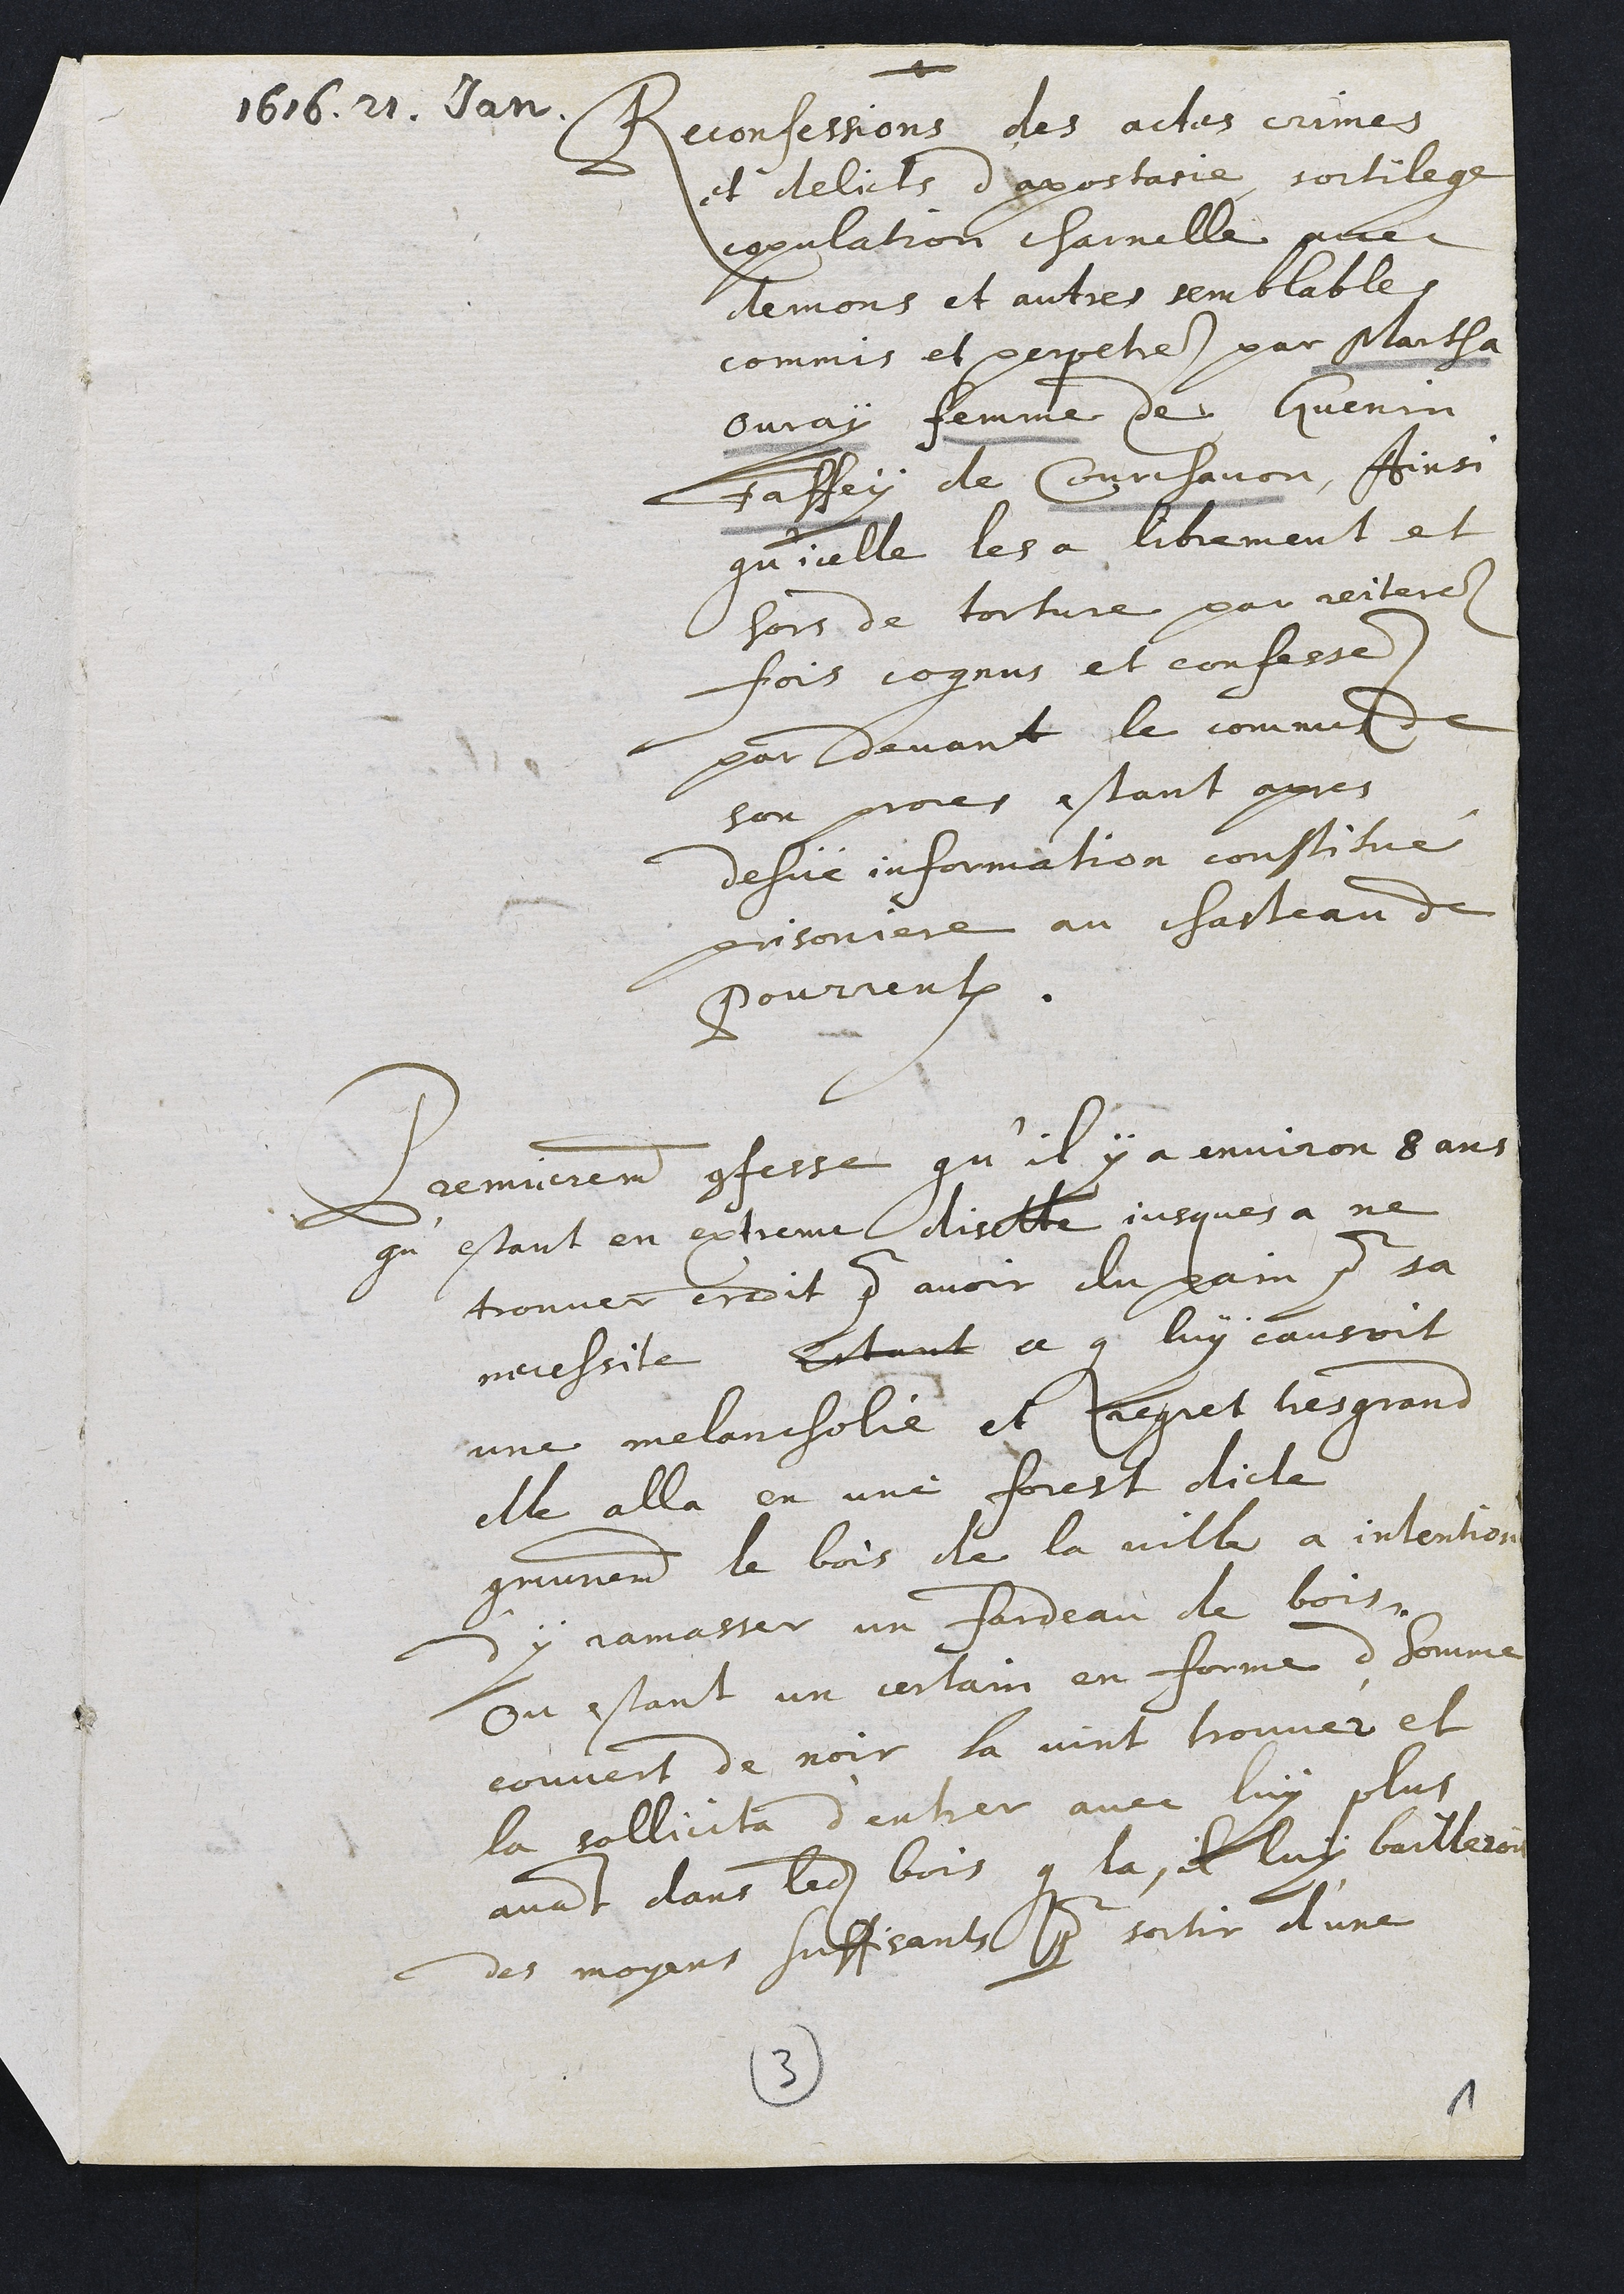
1616. 21. Jan
Reconfessions des actes crimes
et delicts d’apostate sortilege
repulation charelle pac
demons et autres semblables
commis et perpetrez par Martha
buray femme de Guenin
Faffey de Courchavon, Ainsi
qu'icelle les a librement et
hors de torture par reiteres
fois cognus et confesse.
par devant le comme
sor proces estant apres
desvé information constitue
prisoniere au chasteau d
Pourrentruy
Premnerement coffesse qu 'il y a anviron 8 ans
questant en extreme disette jusques a ne
trouver erdoit pour avoir du pain pour sa
messite Estant ce que luy causoit
une melancholie et rreguet les grans
elle alla en une forest dicte
communement le bois de la villa a intentios
s'y jamasser un fardeau de bois.
Ou estant un certain en forme d'homme
couvert de noir la vint trouver et
la sollicita d'entrer avec luy plus
avant dans ledite bois que la il luy bailleron
des moyens suffisants pour sortir d'une